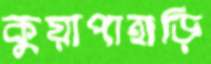
কুয়াপাহাড়ি